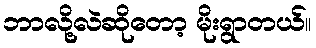
ဘာလို့လဲဆိုတော့ မိုးရွာတယ်။